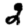
Digit: 2